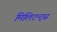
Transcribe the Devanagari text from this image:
मिलिटन्ट्स